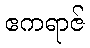
ဧကရာဇ်